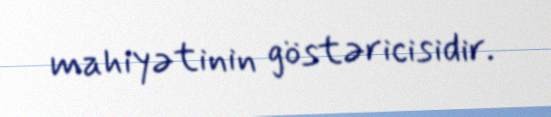
mahiyətinin göstəricisidir.